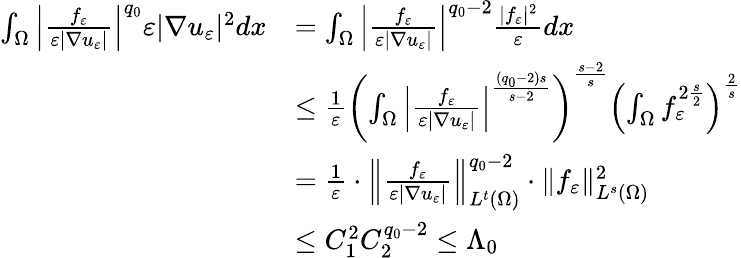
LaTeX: \begin{array}{rl}{\int_{\Omega}\left|\frac{f_{\varepsilon}}{\varepsilon|\nabla u_{\varepsilon}|}\right|^{q_{0}}\varepsilon|\nabla u_{\varepsilon}|^{2}dx}&{=\int_{\Omega}\left|\frac{f_{\varepsilon}}{\varepsilon|\nabla u_{\varepsilon}|}\right|^{q_{0}-2}\frac{|f_{\varepsilon}|^{2}}{\varepsilon}dx}\\ &{\leq\frac{1}{\varepsilon}\left(\int_{\Omega}\left|\frac{f_{\varepsilon}}{\varepsilon|\nabla u_{\varepsilon}|}\right|^{\frac{(q_{0}-2)s}{s-2}}\right)^{\frac{s-2}{s}}\left(\int_{\Omega}f_{\varepsilon}^{2\frac{s}{2}}\right)^{\frac{2}{s}}}\\ &{=\frac{1}{\varepsilon}\cdot\left\| \frac{f_{\varepsilon}}{\varepsilon|\nabla u_{\varepsilon}|}\right\| _{L^{t}(\Omega)}^{q_{0}-2}\cdot\| f_{\varepsilon}\| _{L^{s}(\Omega)}^{2}}\\ &{\leq C_{1}^{2}C_{2}^{q_{0}-2}\leq\Lambda_{0}}\end{array}